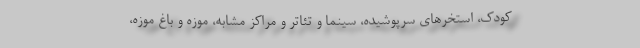
کودک، استخرهای سرپوشیده، سینما و تئاتر و مراکز مشابه، موزه و باغ موزه،